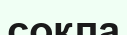
сокла